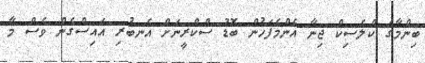
ބިންމާގެ ކްލެސިކް ޖިނާ އެންމެފަހުން ބޮޑު ސްކްރީނަށް އެނބުރި އައިސްގެން ވެސް މާ